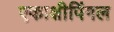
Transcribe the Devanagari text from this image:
एकाक्षीपिंगल